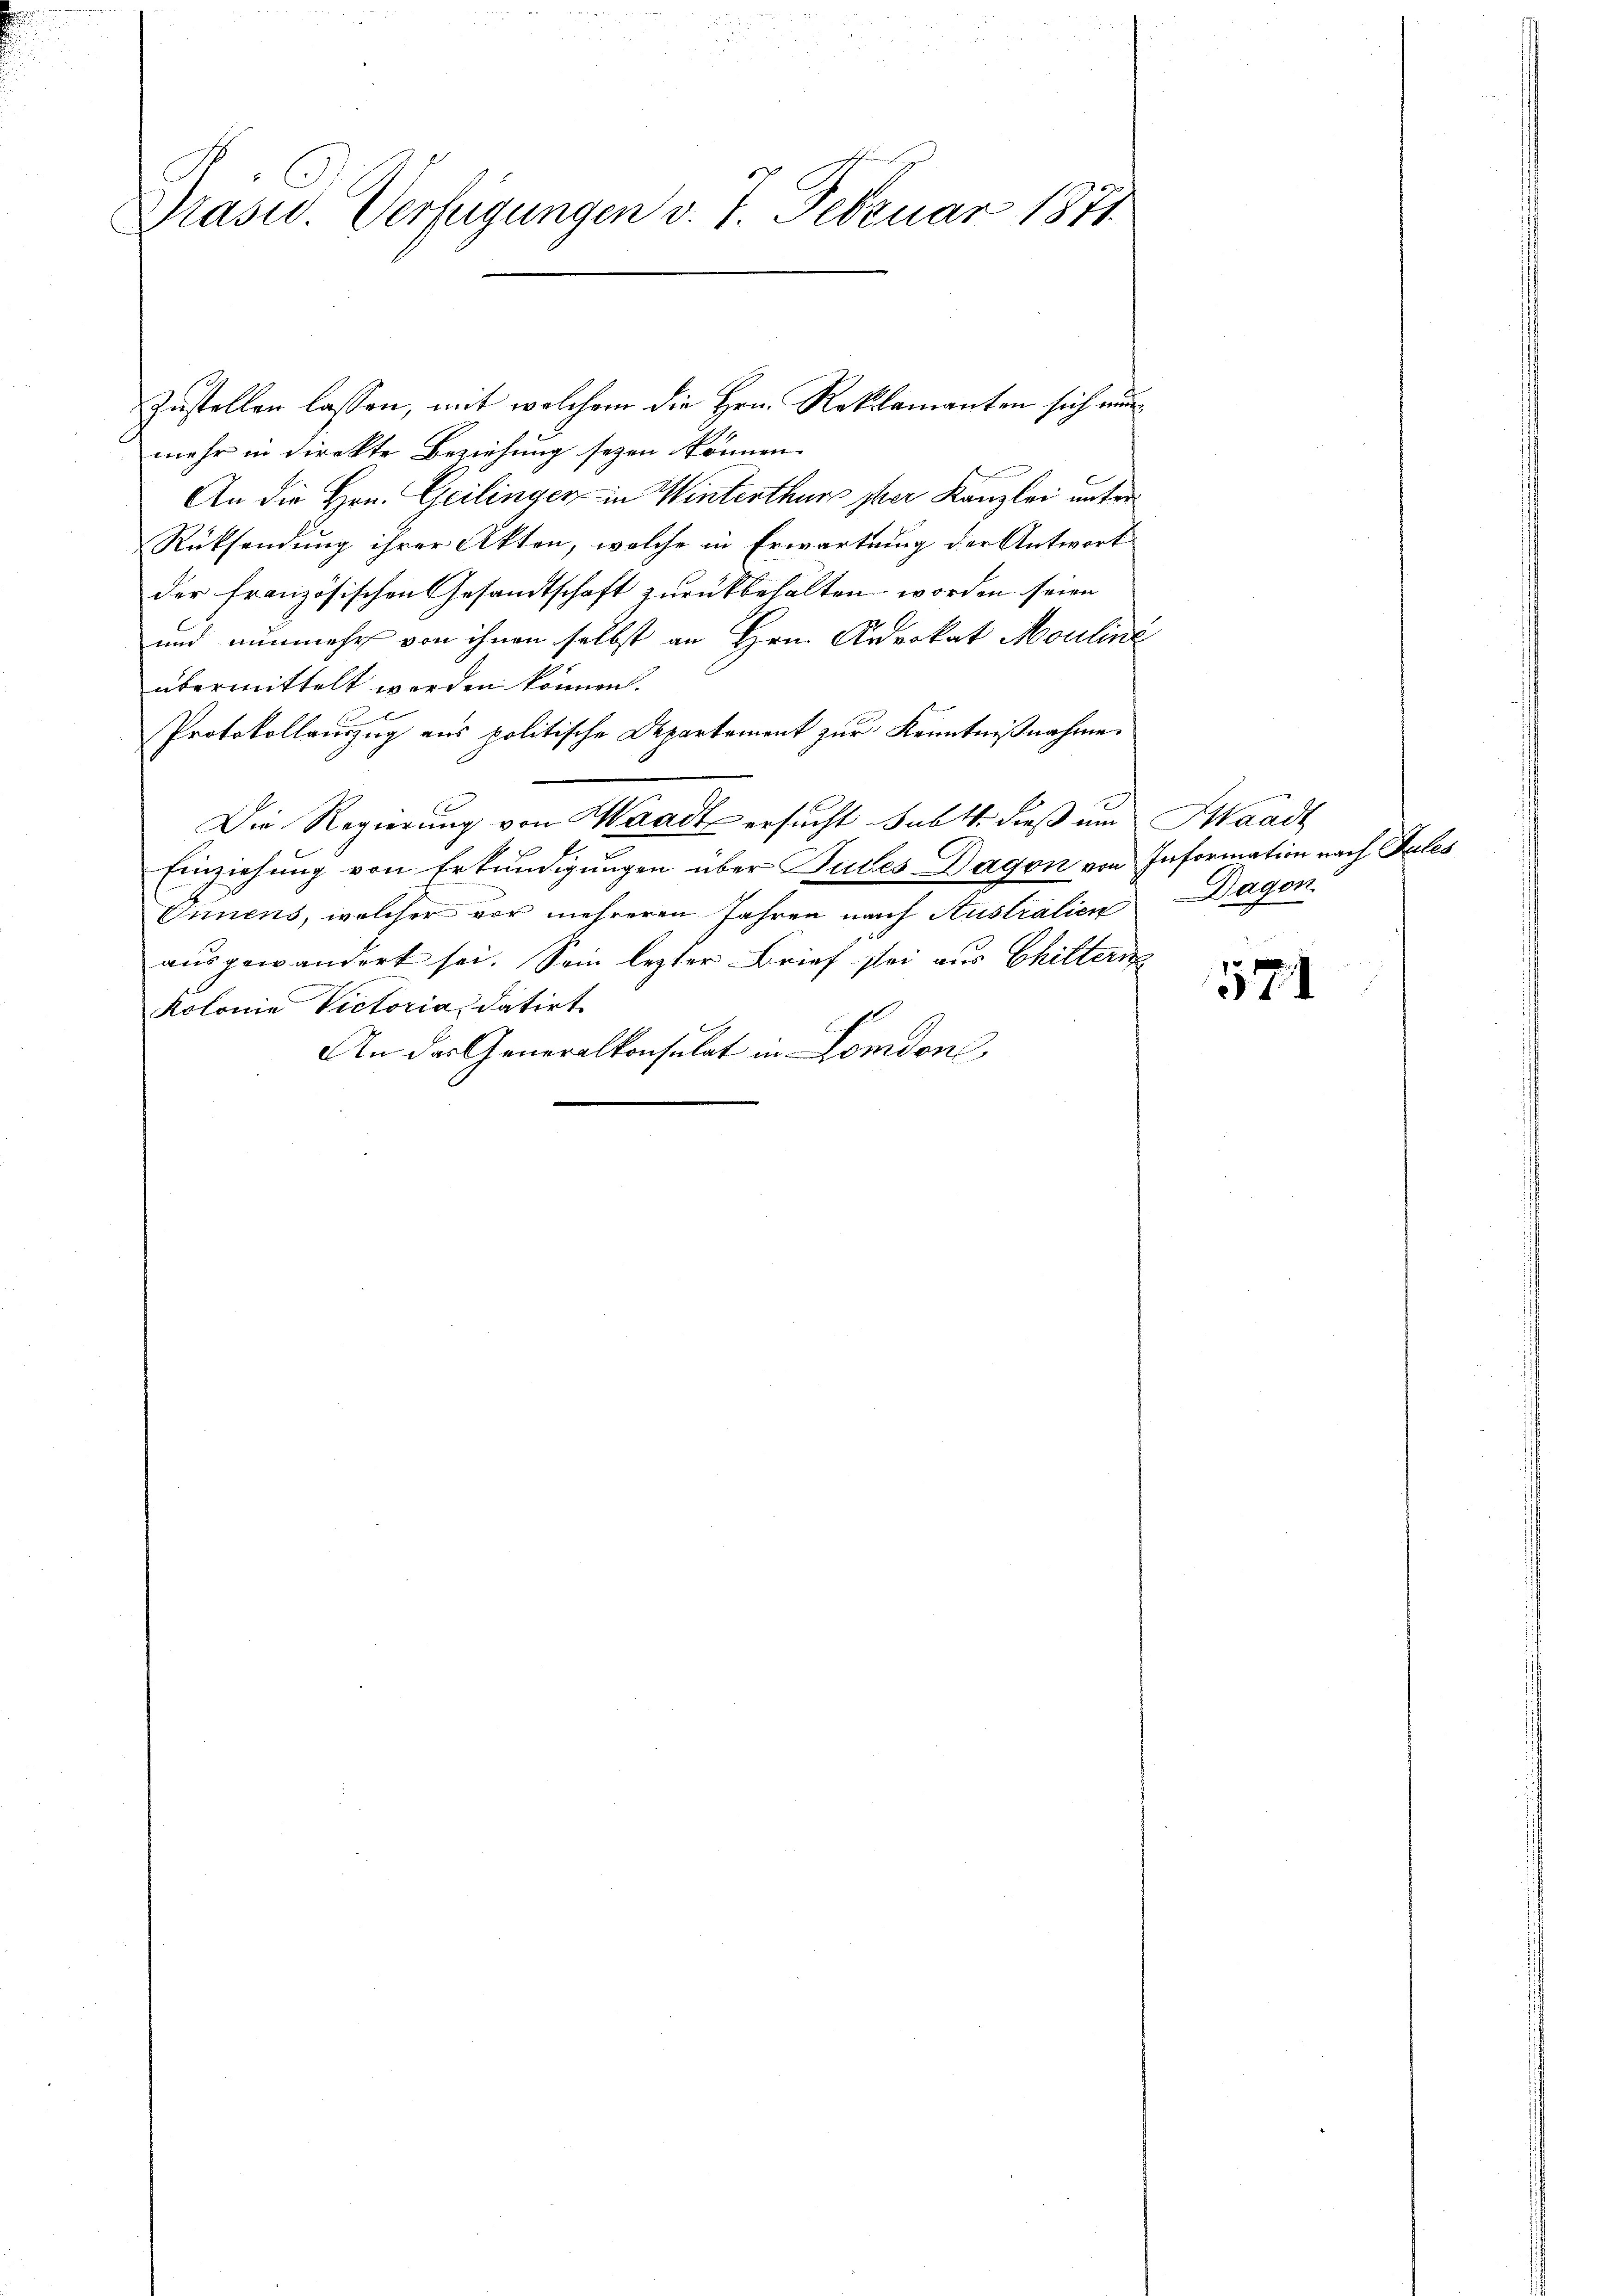
Präsid. Verfügungen v. J. Februar 1871

Zustellen lassen, mit welchem die Hrn. Reklamanten sich nun
mehr in direkte Beziehung seyen können.
An die Hrn. Geilinger in Winterthur sher Kanzlei unter
Rücksendung ihrer Akten, welche in Erwartung der Antwort
der französischen Gesandtschaft zurückbehalten worden seien
und nunmehr von ihnen selbst an Hrn. Advokat Mouline
übermittelt werden können.
Protokollauszug aus politische Departement zur Kenntnißnahme.
Die Regierung von Waadt ersucht sub 1. dieß um Waadt
Einziehung von Erkundigungen über Tutes Dagon von Information nach Sules
Innens, welcher vor mehreren Jahren nach Australien Dagon
ausgewandert sei. Sein lezter Brief sei aus Chiltern
Kolonia Victoria datirt
An das Generalkonsulat in London

571